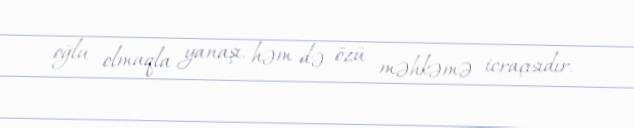
oğlu olmaqla yanaşı, həm də özü məhkəmə icraçısıdır.